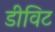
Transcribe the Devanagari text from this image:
डीविट